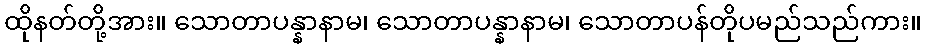
ထိုနတ်တို့အား။ သောတာပန္နာနာမ၊ သောတာပန္နာနာမ၊ သောတာပန်တိုပမည်သည်ကား။